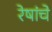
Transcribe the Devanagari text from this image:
रेषांचे